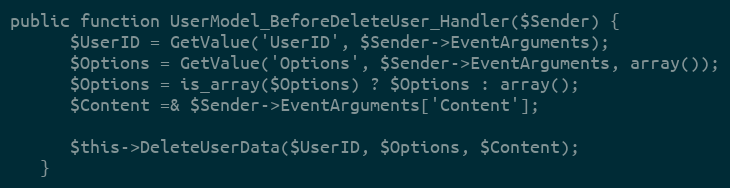
Language: PHP
public function UserModel_BeforeDeleteUser_Handler($Sender) {
      $UserID = GetValue('UserID', $Sender->EventArguments);
      $Options = GetValue('Options', $Sender->EventArguments, array());
      $Options = is_array($Options) ? $Options : array();
      $Content =& $Sender->EventArguments['Content'];

      $this->DeleteUserData($UserID, $Options, $Content);
   }